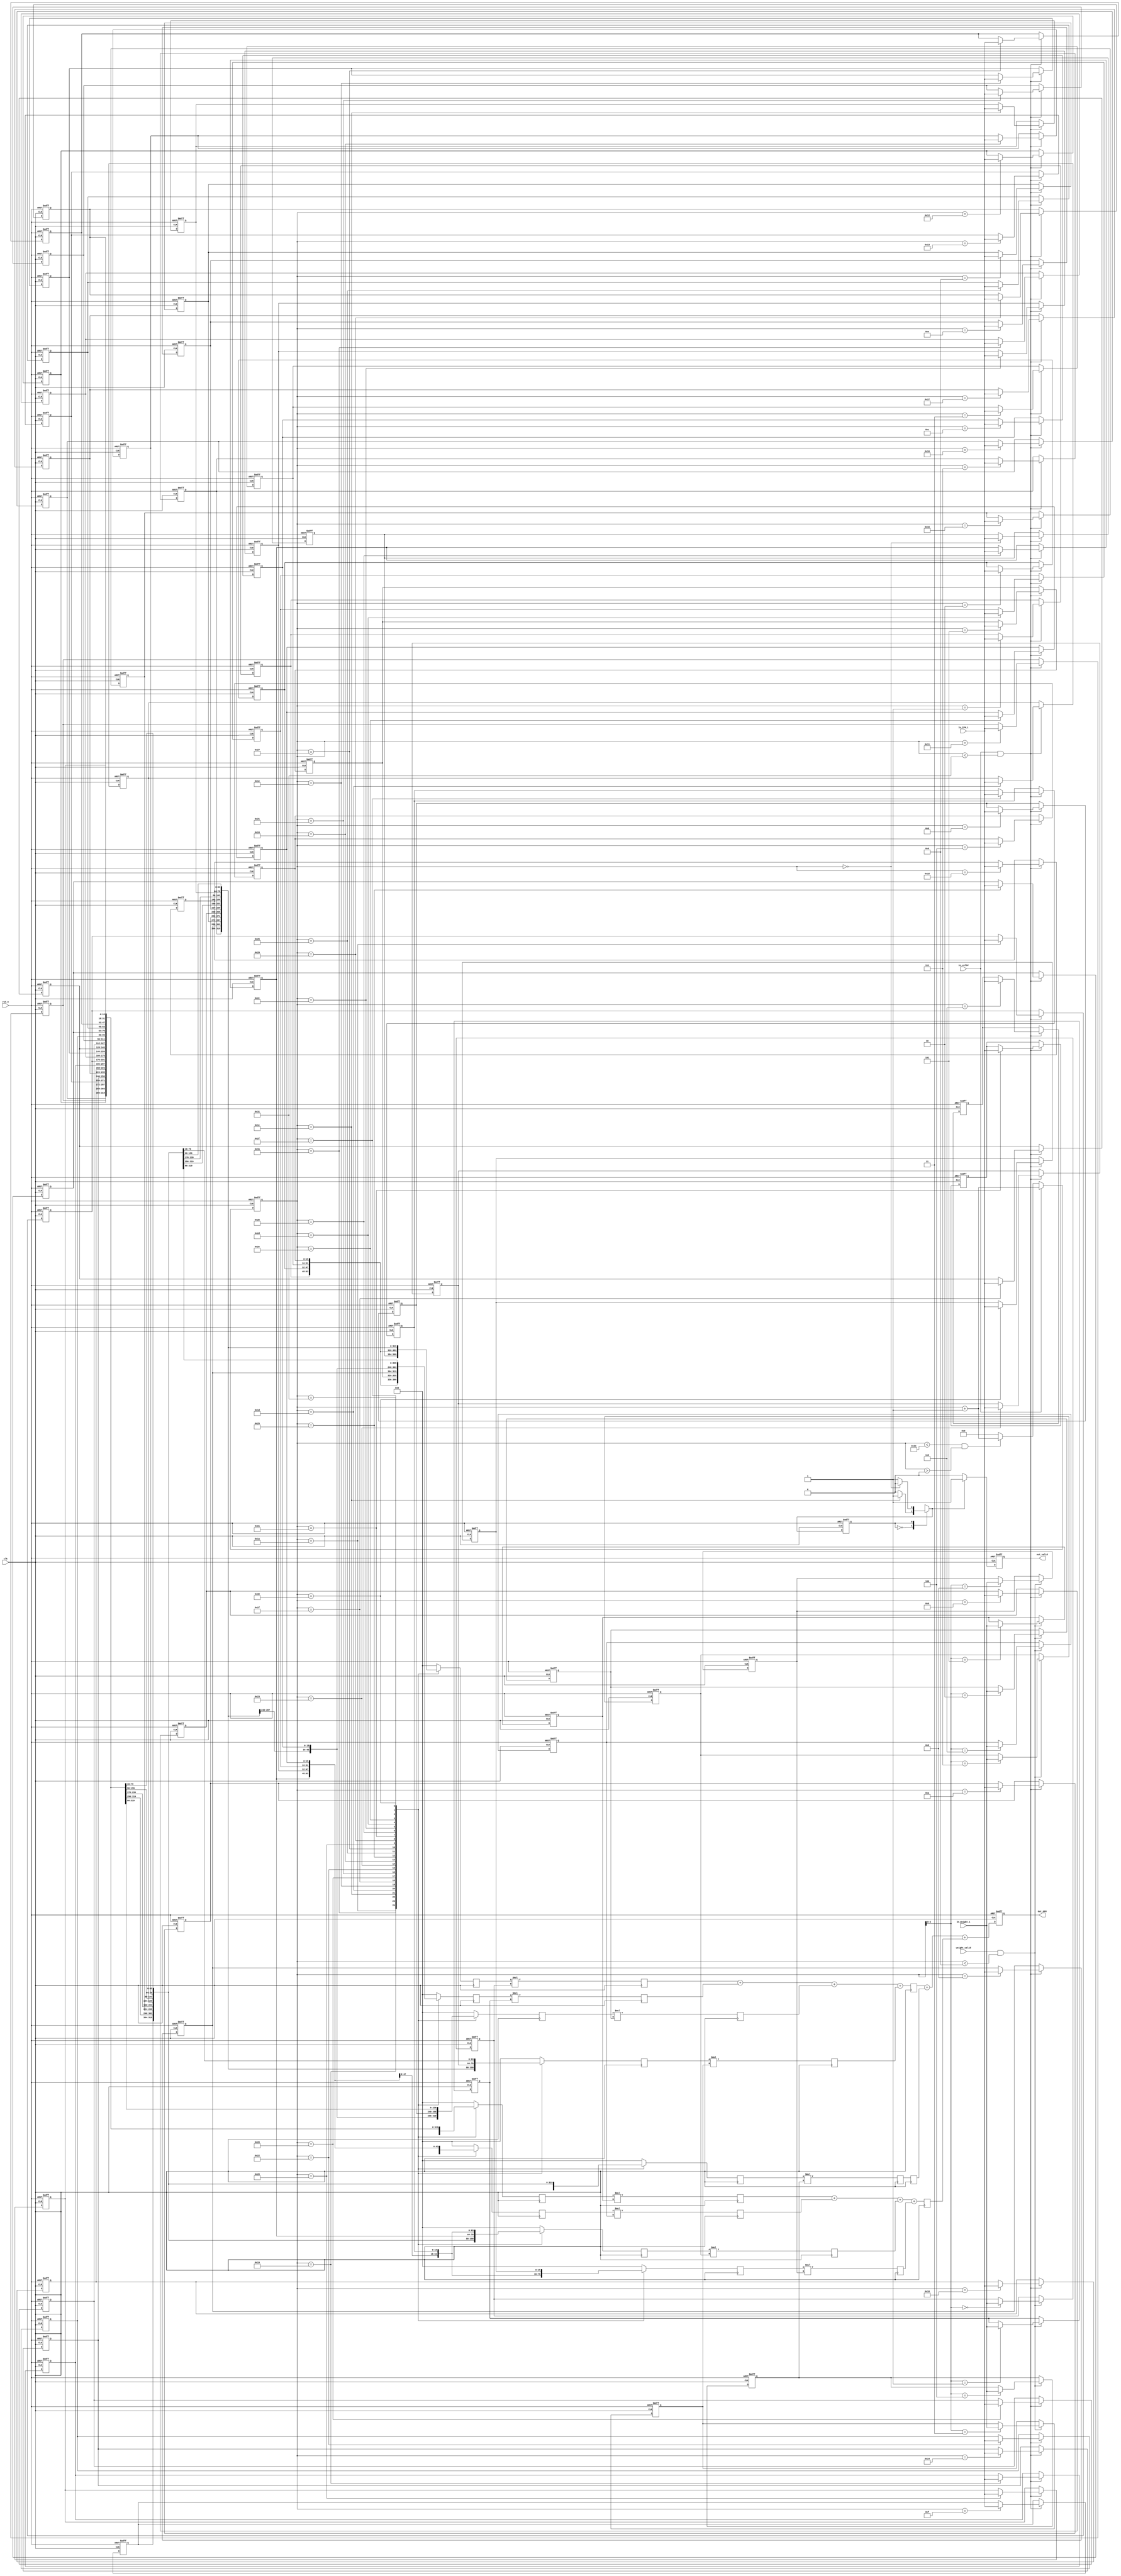
module Convolution_optimize_dic290(
	//input
clk,
rst_n,
in_valid,
weight_valid,
In_IFM_1,
In_Weight_1,
//output
out_valid, 
Out_OFM	

);

input clk, rst_n, in_valid, weight_valid;
input [15:0]In_IFM_1;		
input [15:0]In_Weight_1;

//////////////The output port shoud be registers///////////////////////
output reg out_valid;
output reg[35:0] Out_OFM;
//////////////////////////////////////////////////////////////////////


integer i, j;
reg [5:0]count;
/////// 2 Buffer/////////////
//You have to sue these buffers for the 3-1 & 3-2 /////// 
reg [15:0]IFM_Buffer[0:48] ;   //  Use this buffer to store IFM
reg [15:0]Weight_Buffer[0:8];  //  Use this buffer to store Weight
/////////////////////////////////////


////////Here just an example of how to use IFM_buffer & WEight_Buffer to store data////////
//The storage mechanism can be modified, but not the buffer size cannot be modified
always@(posedge clk or negedge rst_n) begin
	if(!rst_n) begin
		for (i=0;i<9;i=i+1) 
			Weight_Buffer[i] <= 0;
	end
	else if(weight_valid && count < 9)
		Weight_Buffer[count] <= In_Weight_1;
end
always@(posedge clk or negedge rst_n) begin
	if(!rst_n) begin
		for (i=0;i<49;i=i+1) 
			IFM_Buffer[i] <= 0;
	end
	else if(in_valid && count < 49) begin
		IFM_Buffer[count]  <= In_IFM_1;
	end                

end
///////////////////////////////////////////////////////

parameter IDLE = 0;
parameter OUT  = 1;


reg cur_state;
reg nxt_state;



reg [15:0]conv_in[0:8];
reg [15:0]conv_in_seq[0:8];


reg [31:0]multi_out[0:8];

reg [33:0]add_3_0;
reg [31:0]add_3_1;
reg [33:0]add_3_2;

always @(*) begin
	case(cur_state)
		IDLE : begin
			if(count == 28) begin
				nxt_state = OUT;
			end
			else begin
				nxt_state = IDLE;
			end
		end

		OUT : begin
			if(count == 0) begin
				nxt_state = IDLE;
			end
			else begin
				nxt_state = OUT;
			end
		end

		default : begin
			nxt_state = IDLE;
		end
	endcase
end


always @(*) begin
    // default <begin>
	for(i = 0; i < 9; i = i + 1) begin
		conv_in[i] = 0;
	// default <end>	
	end
	case(count)
		25 : begin
			conv_in[0] = IFM_Buffer[0];
			conv_in[1] = IFM_Buffer[1];
			conv_in[2] = IFM_Buffer[2];
			conv_in[3] = IFM_Buffer[7];
			conv_in[4] = IFM_Buffer[8];
			conv_in[5] = IFM_Buffer[9];
			conv_in[6] = IFM_Buffer[14];
			conv_in[7] = IFM_Buffer[15];
			conv_in[8] = IFM_Buffer[16];
		end
		26 : begin
			conv_in[0] = IFM_Buffer[1];
			conv_in[1] = IFM_Buffer[2];
			conv_in[2] = IFM_Buffer[3];
			conv_in[3] = IFM_Buffer[8];
			conv_in[4] = IFM_Buffer[9];
			conv_in[5] = IFM_Buffer[10];
			conv_in[6] = IFM_Buffer[15];
			conv_in[7] = IFM_Buffer[16];
			conv_in[8] = IFM_Buffer[17];
		end
		27 : begin
			conv_in[0] = IFM_Buffer[2];
			conv_in[1] = IFM_Buffer[3];
			conv_in[2] = IFM_Buffer[4];
			conv_in[3] = IFM_Buffer[9];
			conv_in[4] = IFM_Buffer[10];
			conv_in[5] = IFM_Buffer[11];
			conv_in[6] = IFM_Buffer[16];
			conv_in[7] = IFM_Buffer[17];
			conv_in[8] = IFM_Buffer[18];
		end
		28 : begin
			conv_in[0] = IFM_Buffer[3];
			conv_in[1] = IFM_Buffer[4];
			conv_in[2] = IFM_Buffer[5];
			conv_in[3] = IFM_Buffer[10];
			conv_in[4] = IFM_Buffer[11];
			conv_in[5] = IFM_Buffer[12];
			conv_in[6] = IFM_Buffer[17];
			conv_in[7] = IFM_Buffer[18];
			conv_in[8] = IFM_Buffer[19];
		end
		29 : begin
			conv_in[0] = IFM_Buffer[4];
			conv_in[1] = IFM_Buffer[5];
			conv_in[2] = IFM_Buffer[6];
			conv_in[3] = IFM_Buffer[11];
			conv_in[4] = IFM_Buffer[12];
			conv_in[5] = IFM_Buffer[13];
			conv_in[6] = IFM_Buffer[18];
			conv_in[7] = IFM_Buffer[19];
			conv_in[8] = IFM_Buffer[20];
		end

		
		30 : begin
			conv_in[0] = IFM_Buffer[7];
			conv_in[1] = IFM_Buffer[8];
			conv_in[2] = IFM_Buffer[9];
			conv_in[3] = IFM_Buffer[14];
			conv_in[4] = IFM_Buffer[15];
			conv_in[5] = IFM_Buffer[16];
			conv_in[6] = IFM_Buffer[21];
			conv_in[7] = IFM_Buffer[22];
			conv_in[8] = IFM_Buffer[23];
		end
		31 : begin
			conv_in[0] = IFM_Buffer[8];
			conv_in[1] = IFM_Buffer[9];
			conv_in[2] = IFM_Buffer[10];
			conv_in[3] = IFM_Buffer[15];
			conv_in[4] = IFM_Buffer[16];
			conv_in[5] = IFM_Buffer[17];
			conv_in[6] = IFM_Buffer[22];
			conv_in[7] = IFM_Buffer[23];
			conv_in[8] = IFM_Buffer[24];
		end
		32 : begin
			conv_in[0] = IFM_Buffer[9];
			conv_in[1] = IFM_Buffer[10];
			conv_in[2] = IFM_Buffer[11];
			conv_in[3] = IFM_Buffer[16];
			conv_in[4] = IFM_Buffer[17];
			conv_in[5] = IFM_Buffer[18];
			conv_in[6] = IFM_Buffer[23];
			conv_in[7] = IFM_Buffer[24];
			conv_in[8] = IFM_Buffer[25];
		end
		33 : begin
			conv_in[0] = IFM_Buffer[10];
			conv_in[1] = IFM_Buffer[11];
			conv_in[2] = IFM_Buffer[12];
			conv_in[3] = IFM_Buffer[17];
			conv_in[4] = IFM_Buffer[18];
			conv_in[5] = IFM_Buffer[19];
			conv_in[6] = IFM_Buffer[24];
			conv_in[7] = IFM_Buffer[25];
			conv_in[8] = IFM_Buffer[26];
		end
		34 : begin
			conv_in[0] = IFM_Buffer[11];
			conv_in[1] = IFM_Buffer[12];
			conv_in[2] = IFM_Buffer[13];
			conv_in[3] = IFM_Buffer[18];
			conv_in[4] = IFM_Buffer[19];
			conv_in[5] = IFM_Buffer[20];
			conv_in[6] = IFM_Buffer[25];
			conv_in[7] = IFM_Buffer[26];
			conv_in[8] = IFM_Buffer[27];
		end


		35 : begin
			conv_in[0] = IFM_Buffer[14];
			conv_in[1] = IFM_Buffer[15];
			conv_in[2] = IFM_Buffer[16];
			conv_in[3] = IFM_Buffer[21];
			conv_in[4] = IFM_Buffer[22];
			conv_in[5] = IFM_Buffer[23];
			conv_in[6] = IFM_Buffer[28];
			conv_in[7] = IFM_Buffer[29];
			conv_in[8] = IFM_Buffer[30];
		end
		36 : begin
			conv_in[0] = IFM_Buffer[15];
			conv_in[1] = IFM_Buffer[16];
			conv_in[2] = IFM_Buffer[17];
			conv_in[3] = IFM_Buffer[22];
			conv_in[4] = IFM_Buffer[23];
			conv_in[5] = IFM_Buffer[24];
			conv_in[6] = IFM_Buffer[29];
			conv_in[7] = IFM_Buffer[30];
			conv_in[8] = IFM_Buffer[31];
		end
		37 : begin
			conv_in[0] = IFM_Buffer[16];
			conv_in[1] = IFM_Buffer[17];
			conv_in[2] = IFM_Buffer[18];
			conv_in[3] = IFM_Buffer[23];
			conv_in[4] = IFM_Buffer[24];
			conv_in[5] = IFM_Buffer[25];
			conv_in[6] = IFM_Buffer[30];
			conv_in[7] = IFM_Buffer[31];
			conv_in[8] = IFM_Buffer[32];
		end
		38 : begin
			conv_in[0] = IFM_Buffer[17];
			conv_in[1] = IFM_Buffer[18];
			conv_in[2] = IFM_Buffer[19];
			conv_in[3] = IFM_Buffer[24];
			conv_in[4] = IFM_Buffer[25];
			conv_in[5] = IFM_Buffer[26];
			conv_in[6] = IFM_Buffer[31];
			conv_in[7] = IFM_Buffer[32];
			conv_in[8] = IFM_Buffer[33];
		end
		39 : begin
			conv_in[0] = IFM_Buffer[18];
			conv_in[1] = IFM_Buffer[19];
			conv_in[2] = IFM_Buffer[20];
			conv_in[3] = IFM_Buffer[25];
			conv_in[4] = IFM_Buffer[26];
			conv_in[5] = IFM_Buffer[27];
			conv_in[6] = IFM_Buffer[32];
			conv_in[7] = IFM_Buffer[33];
			conv_in[8] = IFM_Buffer[34];
		end


		40 : begin
			conv_in[0] = IFM_Buffer[21];
			conv_in[1] = IFM_Buffer[22];
			conv_in[2] = IFM_Buffer[23];
			conv_in[3] = IFM_Buffer[28];
			conv_in[4] = IFM_Buffer[29];
			conv_in[5] = IFM_Buffer[30];
			conv_in[6] = IFM_Buffer[35];
			conv_in[7] = IFM_Buffer[36];
			conv_in[8] = IFM_Buffer[37];
		end
		41 : begin
			conv_in[0] = IFM_Buffer[22];
			conv_in[1] = IFM_Buffer[23];
			conv_in[2] = IFM_Buffer[24];
			conv_in[3] = IFM_Buffer[29];
			conv_in[4] = IFM_Buffer[30];
			conv_in[5] = IFM_Buffer[31];
			conv_in[6] = IFM_Buffer[36];
			conv_in[7] = IFM_Buffer[37];
			conv_in[8] = IFM_Buffer[38];
		end
		42 : begin
			conv_in[0] = IFM_Buffer[23];
			conv_in[1] = IFM_Buffer[24];
			conv_in[2] = IFM_Buffer[25];
			conv_in[3] = IFM_Buffer[30];
			conv_in[4] = IFM_Buffer[31];
			conv_in[5] = IFM_Buffer[32];
			conv_in[6] = IFM_Buffer[37];
			conv_in[7] = IFM_Buffer[38];
			conv_in[8] = IFM_Buffer[39];
		end
		43 : begin
			conv_in[0] = IFM_Buffer[24];
			conv_in[1] = IFM_Buffer[25];
			conv_in[2] = IFM_Buffer[26];
			conv_in[3] = IFM_Buffer[31];
			conv_in[4] = IFM_Buffer[32];
			conv_in[5] = IFM_Buffer[33];
			conv_in[6] = IFM_Buffer[38];
			conv_in[7] = IFM_Buffer[39];
			conv_in[8] = IFM_Buffer[40];
		end
		44 : begin
			conv_in[0] = IFM_Buffer[25];
			conv_in[1] = IFM_Buffer[26];
			conv_in[2] = IFM_Buffer[27];
			conv_in[3] = IFM_Buffer[32];
			conv_in[4] = IFM_Buffer[33];
			conv_in[5] = IFM_Buffer[34];
			conv_in[6] = IFM_Buffer[39];
			conv_in[7] = IFM_Buffer[40];
			conv_in[8] = IFM_Buffer[41];
		end


		45 : begin
			conv_in[0] = IFM_Buffer[28];
			conv_in[1] = IFM_Buffer[29];
			conv_in[2] = IFM_Buffer[30];
			conv_in[3] = IFM_Buffer[35];
			conv_in[4] = IFM_Buffer[36];
			conv_in[5] = IFM_Buffer[37];
			conv_in[6] = IFM_Buffer[42];
			conv_in[7] = IFM_Buffer[43];
			conv_in[8] = IFM_Buffer[44];
		end
		46 : begin
			conv_in[0] = IFM_Buffer[29];
			conv_in[1] = IFM_Buffer[30];
			conv_in[2] = IFM_Buffer[31];
			conv_in[3] = IFM_Buffer[36];
			conv_in[4] = IFM_Buffer[37];
			conv_in[5] = IFM_Buffer[38];
			conv_in[6] = IFM_Buffer[43];
			conv_in[7] = IFM_Buffer[44];
			conv_in[8] = IFM_Buffer[45];
		end
		47 : begin
			conv_in[0] = IFM_Buffer[30];
			conv_in[1] = IFM_Buffer[31];
			conv_in[2] = IFM_Buffer[32];
			conv_in[3] = IFM_Buffer[37];
			conv_in[4] = IFM_Buffer[38];
			conv_in[5] = IFM_Buffer[39];
			conv_in[6] = IFM_Buffer[44];
			conv_in[7] = IFM_Buffer[45];
			conv_in[8] = IFM_Buffer[46];
		end
		48 : begin
			conv_in[0] = IFM_Buffer[31];
			conv_in[1] = IFM_Buffer[32];
			conv_in[2] = IFM_Buffer[33];
			conv_in[3] = IFM_Buffer[38];
			conv_in[4] = IFM_Buffer[39];
			conv_in[5] = IFM_Buffer[40];
			conv_in[6] = IFM_Buffer[45];
			conv_in[7] = IFM_Buffer[46];
			conv_in[8] = IFM_Buffer[47];
		end
		49 : begin
			conv_in[0] = IFM_Buffer[32];
			conv_in[1] = IFM_Buffer[33];
			conv_in[2] = IFM_Buffer[34];
			conv_in[3] = IFM_Buffer[39];
			conv_in[4] = IFM_Buffer[40];
			conv_in[5] = IFM_Buffer[41];
			conv_in[6] = IFM_Buffer[46];
			conv_in[7] = IFM_Buffer[47];
			conv_in[8] = IFM_Buffer[48];
		end

	endcase
end

always @(posedge clk) begin
	// if(!rst_n) begin
	// 	for(i = 0; i < 9; i = i + 1) begin
	// 		conv_in_seq[i] <= 0;
	// 	end
	// end
	// else begin
		for(i = 0; i < 9; i = i + 1) begin
			conv_in_seq[i] <= conv_in[i];
		end
	// end
end



always @(posedge clk) begin
	// if(!rst_n) begin
	// 	for(i = 0; i < 9; i = i + 1) begin
	// 		multi_out[i] <= 0;
	// 	end
	// end
	// else begin
		for(i = 0; i < 9; i = i + 1) begin
			multi_out[i] <= conv_in_seq[i] * Weight_Buffer[i];
		end
	// end

end

always @(posedge clk) begin
    // if(!rst_n) begin
    //     add_3_0 <= 0;
    //     add_3_1 <= 0;
    //     add_3_2 <= 0;
    // end
    // else begin
        add_3_0 <= multi_out[0] + multi_out[1] + multi_out[2] + multi_out[3];
        add_3_1 <= multi_out[4];
        add_3_2 <= multi_out[5] + multi_out[6] + multi_out[7] + multi_out[8];
    // end

end


always @(posedge clk or negedge rst_n) begin
	if(!rst_n) begin
		count <= 0;

		cur_state <= IDLE;
	end
	else begin
		count <= (in_valid) ? count + 1 : (count < 52 && count > 0) ? count + 1 : 0;

		cur_state <= nxt_state;
	end
end


always @(posedge clk or negedge rst_n) begin
	if(!rst_n) begin
		out_valid <= 0;
		Out_OFM <= 0;
	end
	else begin
		out_valid <= (nxt_state == OUT) ? 1 : 0;
		Out_OFM <= add_3_0 + add_3_1 + add_3_2;
	end
end



endmodule